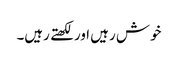
خوش رہیں اور لکھتے رہیں۔